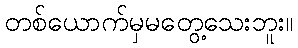
တစ်ယောက်မှမတွေ့သေးဘူး။